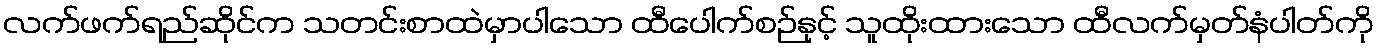
လက်ဖက်ရည်ဆိုင်က သတင်းစာထဲမှာပါသော ထီပေါက်စဉ်နှင့် သူထိုးထားသော ထီလက်မှတ်နံပါတ်ကို